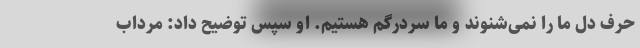
حرف دل ما را نمی‌شنوند و ما سردرگم هستیم. او سپس توضیح داد: مرداب